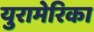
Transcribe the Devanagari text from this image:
युरामेरिका